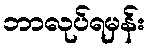
ဘာလုပ်ရမှန်း